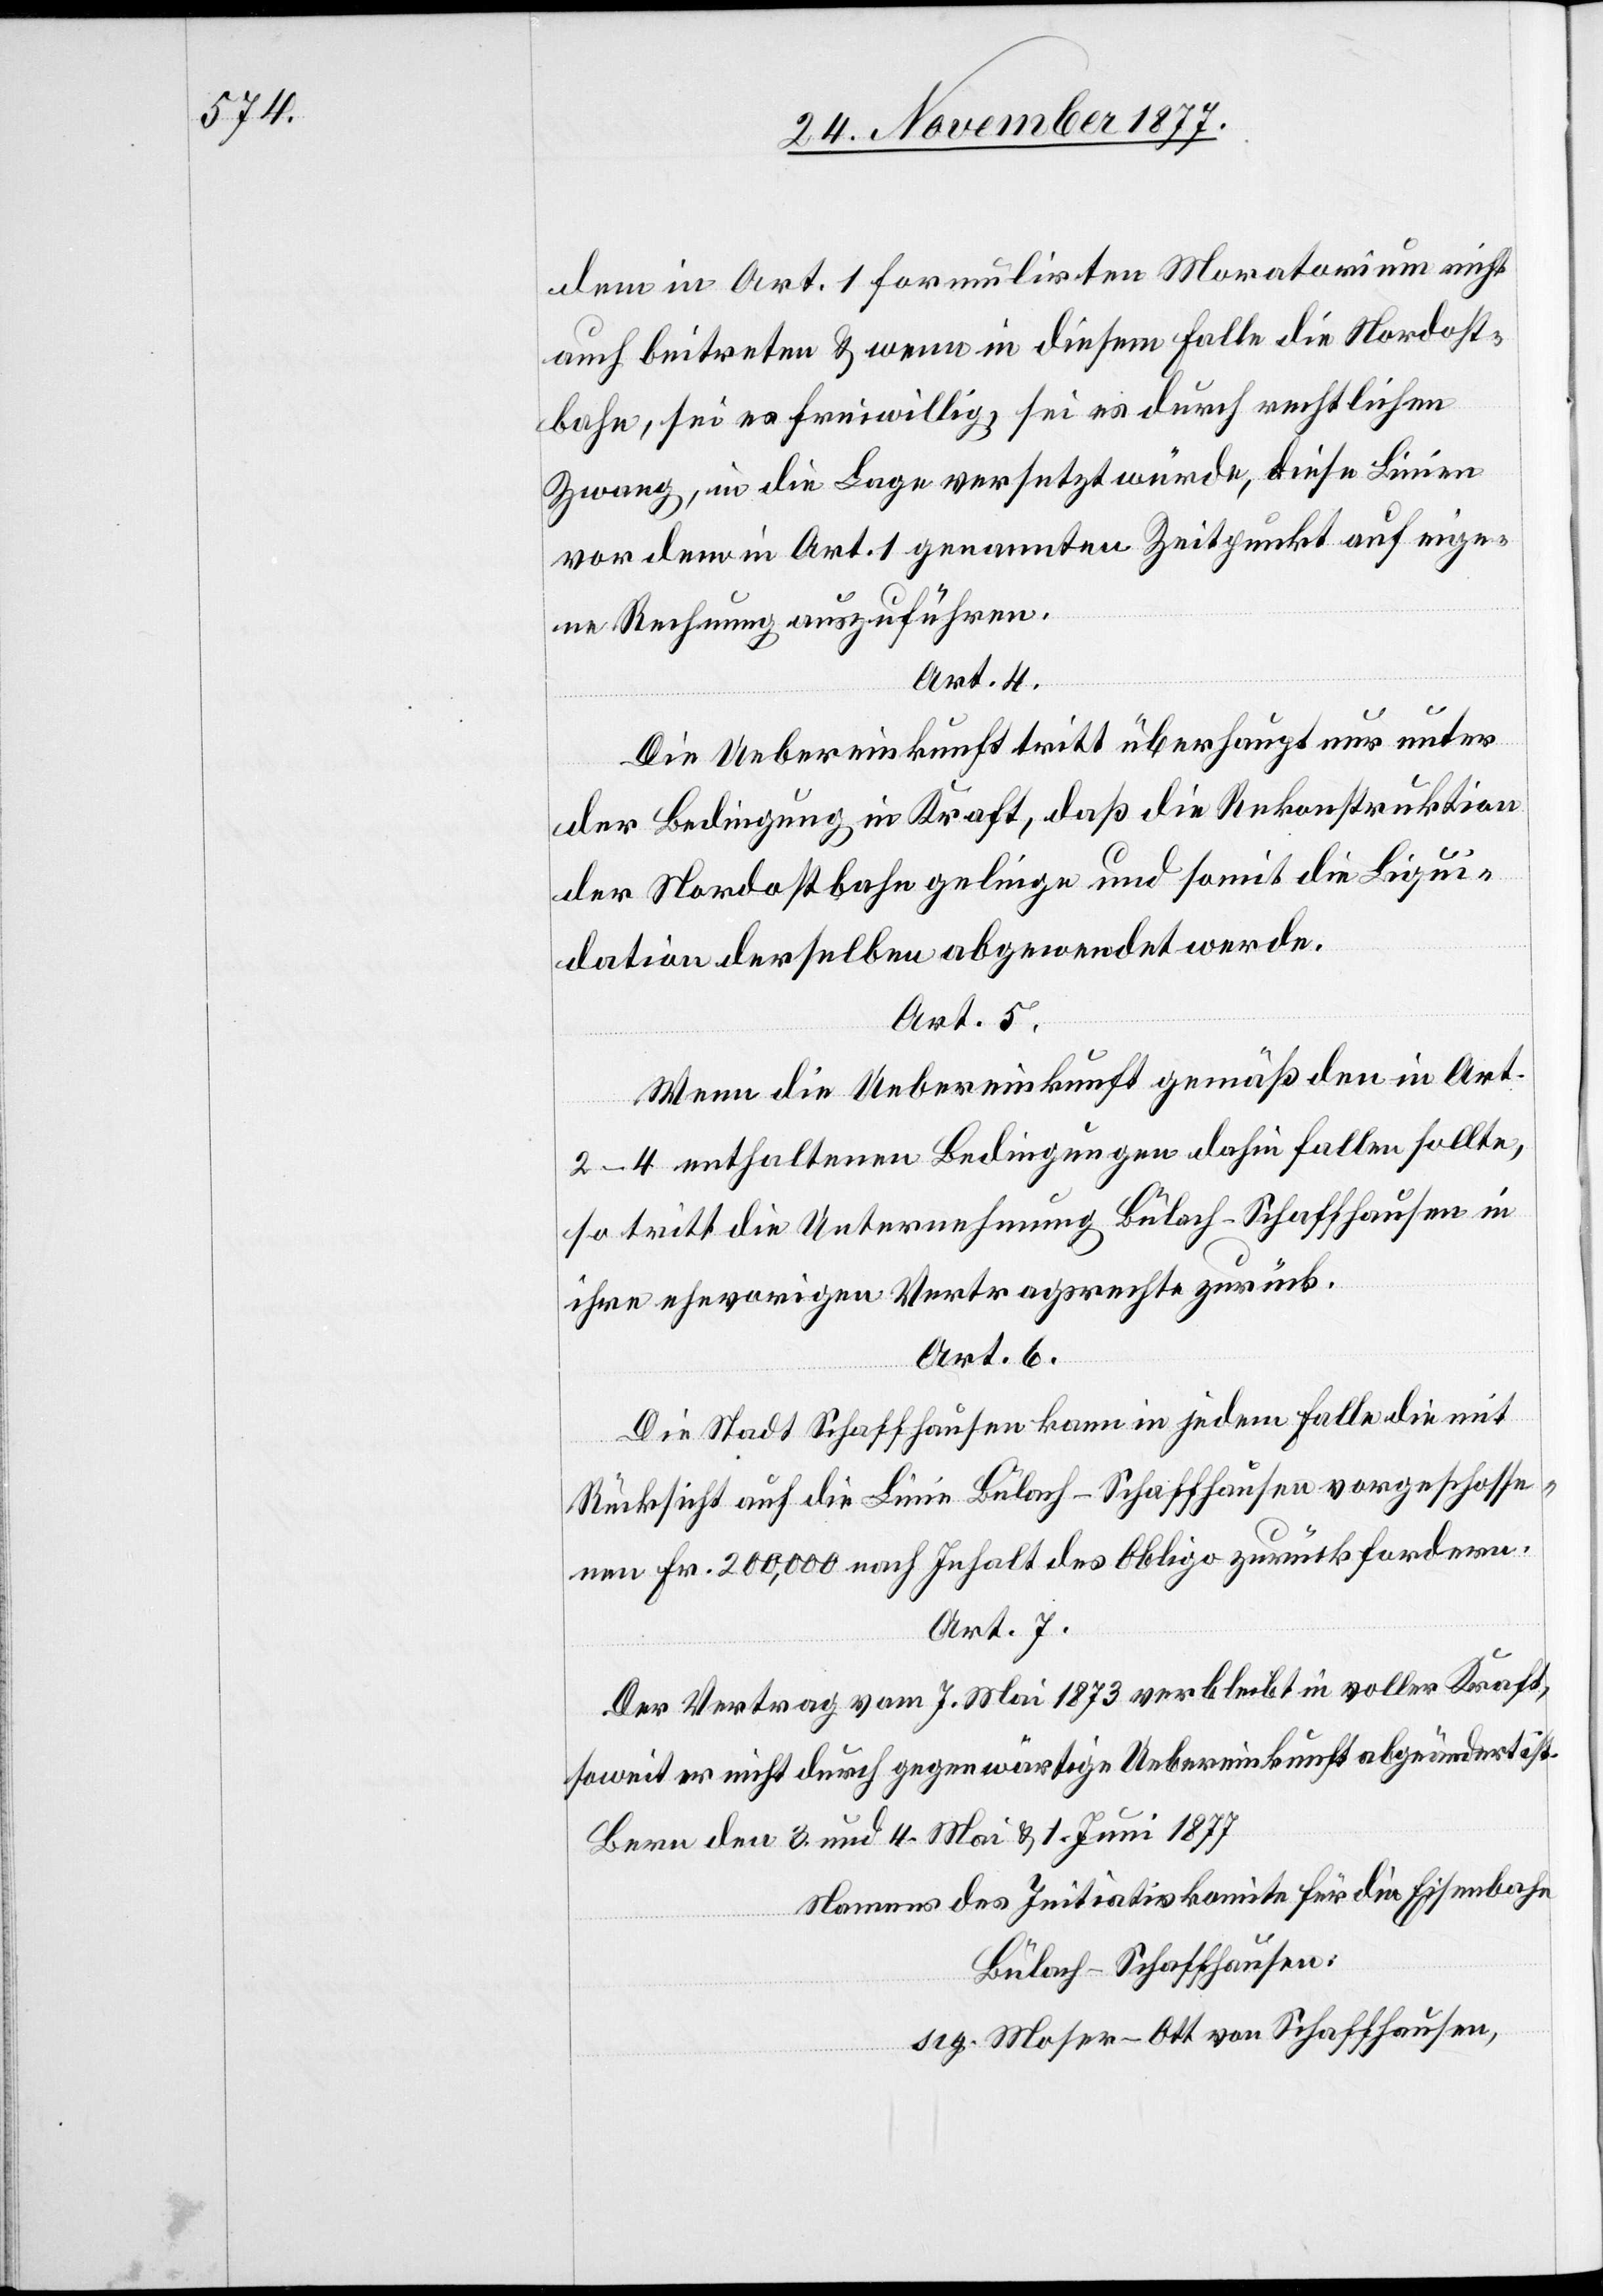
dem in Art. 1 formulirten Moratorium nicht
auch beitreten & wenn in diesem Falle die Nordost¬
bahn, sei es freiwillig, sei es durch rechtlichen
Zwang, in die Lage versetzt würde, diese Linien
vor dem in Art. 1 genannten Zeitpunkt auf eige¬
ne Rechnung auszuführen.
Art. 4.
Die Uebereinkunft tritt überhaupt nur unter
der Bedingung in Kraft, daß die Rekonstruktion
der Nordostbahn gelinge und somit die Liqui¬
dation derselben abgewendet werde.
Art. 5.
Wenn die Uebereinkunft gemäß den in Art.
2–4 enthaltenen Bedingungen dahin fallen sollte,
so tritt die Unternehmung Bülach–Schaffhausen in
ihre ehevorigen Vertragsrechte zurück.
Art. 6.
Die Stadt Schaffhausen kann in jedem Falle die mit
Rücksicht auf die Linie Bülach–Schaffhausen vorgeschosse¬
nen Fr. 200,000 nach Inhalt des Obligo zurückfordern.
Art. 7.
Der Vertrag vom 7. Mai 1873 verbleibt in voller Kraft,
soweit er nicht durch gegenwärtige Uebereinkunft abgeändert ist.
Bern den 3. und 4. Mai & 1. Juni 1877
Namens des Initiativkomite für die Eisenbahn
Bülach–Schaffhausen:
sig. Moser-Ott von Schaffhausen,